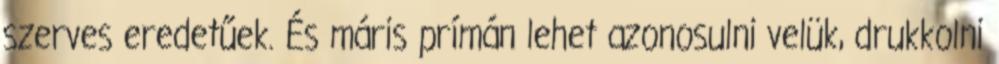
szerves eredetűek. És máris prímán lehet azonosulni velük, drukkolni